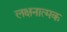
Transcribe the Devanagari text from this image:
लक्षनात्मक